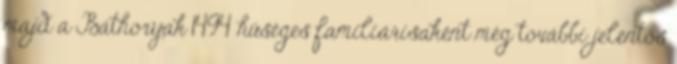
majd a Báthoryak 1494 hűséges familiárisaként még további jelentős